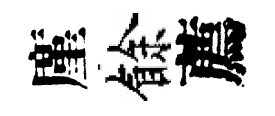
廑餘薦